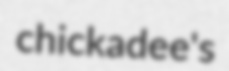
chickadee's